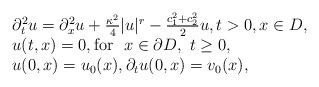
LaTeX: \begin{align*}\begin{array}{l}\partial^2_t u=\partial^2_x u+\frac{\kappa^2}{4}|u|^r-\frac{c_1^2+c_2^2}{2}u,t>0,x\in D,\\u(t,x)=0,\mbox{for }~x\in \partial D,~t\geq 0,\\u(0,x)=u_0(x),\partial_t u(0,x)=v_0(x),\end{array}\end{align*}